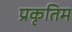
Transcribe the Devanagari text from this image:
प्रकृतिम